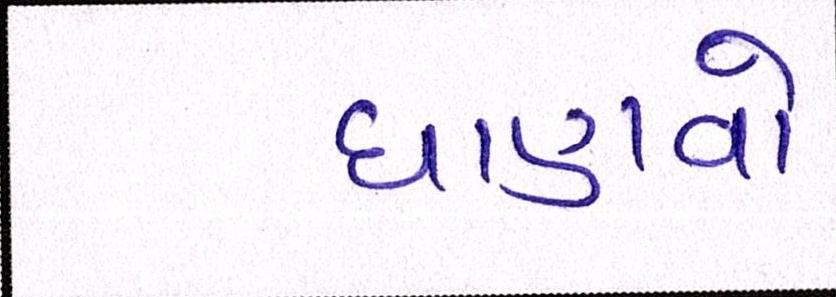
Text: ઘાણવો